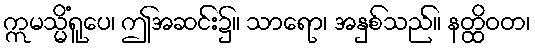
ဣမသ္မိံရူပေ၊ ဤအဆင်း၌။ သာရော၊ အနှစ်သည်။ နတ္ထိဝတ၊